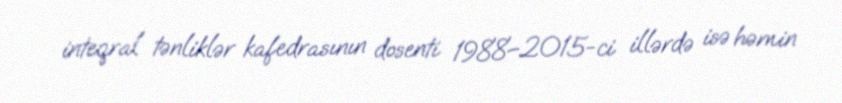
inteqral tənliklər kafedrasının dosenti 1988–2015-ci illərdə isə həmin